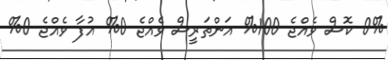
0% ކޮސް ވެއްޖެ 100% އަންތަރީސް ވެއްޖެ 0% އުފާ ވެއްޖެ 0%